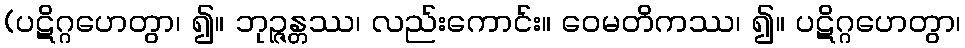
(ပဋိဂ္ဂဟေတွာ၊ ၍။ ဘုဉ္ဇန္တဿ၊ လည်းကောင်း။ ဝေမတိကဿ၊ ၍။ ပဋိဂ္ဂဟေတွာ၊